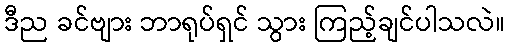
ဒီည ခင်ဗျား ဘာရုပ်ရှင် သွား ကြည့်ချင်ပါသလဲ။